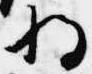
将